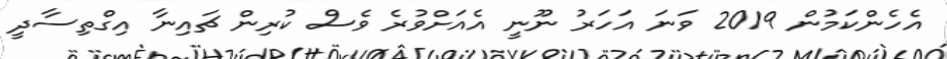
އެހެންކަމުން 2019 ވަނަ އަހަރު ނޫނީ އެއަށްވުރެ ވެސް ކުރިން ޗައިނާ އިގްތިސާދީ